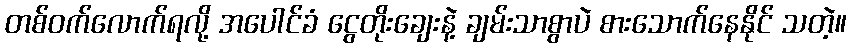
တစ်ဝက်လောက်ရလို့ အပေါင်ခံ ငွေတိုးချေးနဲ့ ချမ်းသာစွာပဲ စားသောက်နေနိုင် သတဲ့။